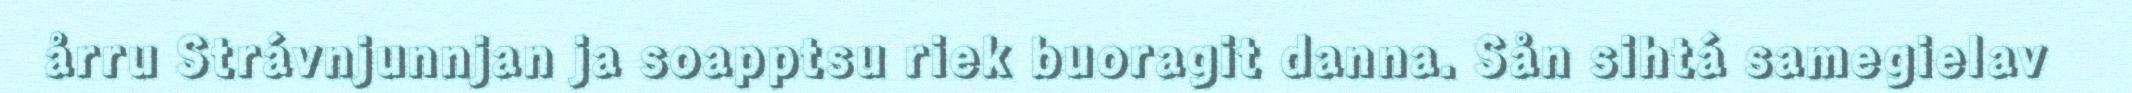
årru Strávnjunnjan ja soapptsu riek buoragit danna. Sån sihtá samegielav